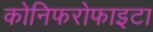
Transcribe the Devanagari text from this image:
कोनिफरोफाइटा